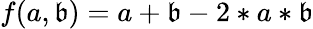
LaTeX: f(a,\mathfrak{b})=a+\mathfrak{b}-2*a*\mathfrak{b}